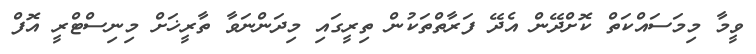
ވީމާ މިމަސައްކަތް ކޮށްދޭން އެދޭ ފަރާތްތަކުން ތިރީގައި މިދަންނަވާ ތާރީޚަށް މިނިސްޓްރީ އޮފް